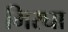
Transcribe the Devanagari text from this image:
मिरघा